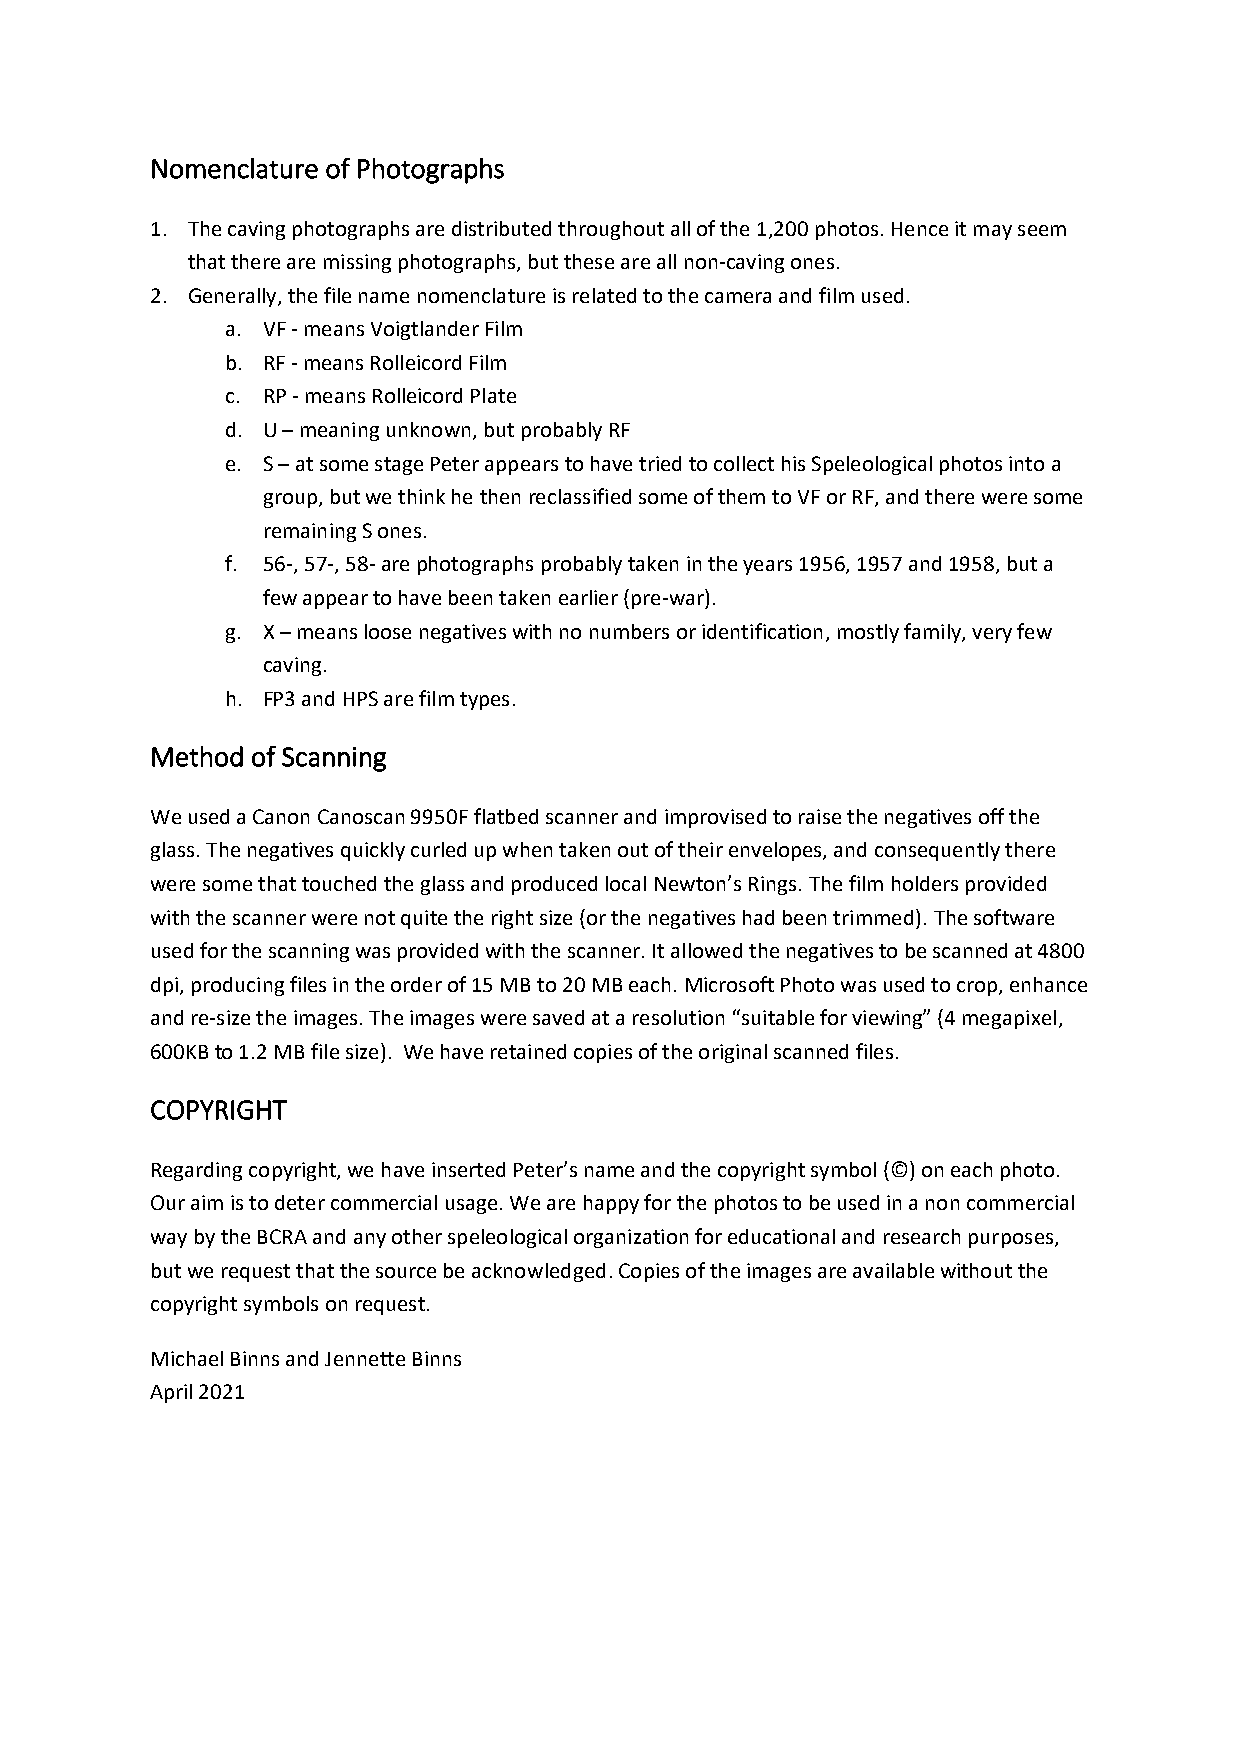
Nomenclature of Photographs
 1. The caving photographs are distributed throughout all of the 1,200 photos. Hence it may seem
 that there are missing photographs, but these are all non-caving ones.
 2. Generally, the file name nomenclature is related to the camera and film used.
 a. VF - means Voigtlander Film
 b. RF - means Rolleicord Film
 c. RP - means Rolleicord Plate
 d. U – meaning unknown, but probably RF
 e. S – at some stage Peter appears to have tried to collect his Speleological photos into a
 group, but we think he then reclassified some of them to VF or RF, and there were some
 remaining S ones.
 f. 56-, 57-, 58- are photographs probably taken in the years 1956, 1957 and 1958, but a
 few appear to have been taken earlier (pre-war).
 g. X – means loose negatives with no numbers or identification, mostly family, very few
 caving.
 h. FP3 and HPS are film types.
 Method of Scanning
 We used a Canon Canoscan 9950F flatbed scanner and improvised to raise the negatives off the
 glass. The negatives quickly curled up when taken out of their envelopes, and consequently there
 were some that touched the glass and produced local Newton’s Rings. The film holders provided
 with the scanner were not quite the right size (or the negatives had been trimmed). The software
 used for the scanning was provided with the scanner. It allowed the negatives to be scanned at 4800
 dpi, producing files in the order of 15 MB to 20 MB each. Microsoft Photo was used to crop, enhance
 and re-size the images. The images were saved at a resolution “suitable for viewing” (4 megapixel,
 600KB to 1.2 MB file size). We have retained copies of the original scanned files.
 COPYRIGHT
 Regarding copyright, we have inserted Peter’s name and the copyright symbol (©) on each photo.
 Our aim is to deter commercial usage. We are happy for the photos to be used in a non commercial
 way by the BCRA and any other speleological organization for educational and research purposes,
 but we request that the source be acknowledged. Copies of the images are available without the
 copyright symbols on request.
 Michael Binns and Jennette Binns
 April 2021